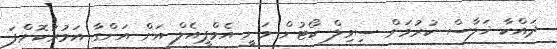
ދައްކާ ޚަލާސް ކުރުމަށް ސިވިލް ކޯޓުން ވަނީ އެމްޕީއެލް އަށް އަންގާ އަމުރުކޮށްފަ